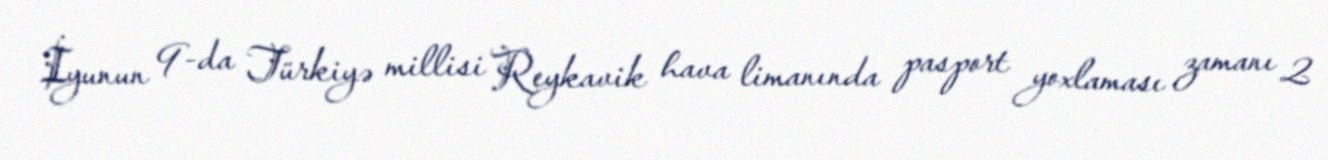
İyunun 9-da Türkiyə millisi Reykavik hava limanında pasport yoxlaması zamanı 2